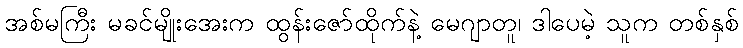
အစ်မကြီး မခင်မျိုးအေးက ထွန်းဇော်ထိုက်နဲ့ မေဂျာတူ၊ ဒါပေမဲ့ သူက တစ်နှစ်